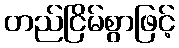
တည်ငြိမ်စွာဖြင့်